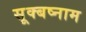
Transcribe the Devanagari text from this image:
सूक्बष्नाम